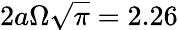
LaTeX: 2a\Omega\sqrt{\pi}=2.26